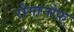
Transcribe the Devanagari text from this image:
रोमानोफ़्